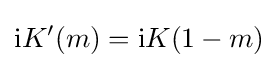
{\rm {i}}K'(m)={\rm {i}}K(1-m)